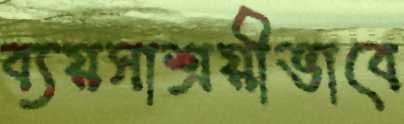
ব্যয়সাশ্রয়ীভাবে